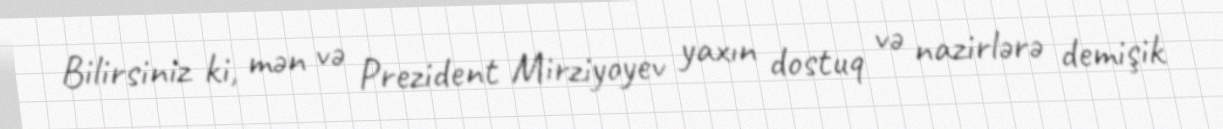
Bilirsiniz ki, mən və Prezident Mirziyoyev yaxın dostuq və nazirlərə demişik